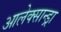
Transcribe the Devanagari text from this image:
आलेक्सान्ड्रा